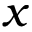
x